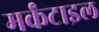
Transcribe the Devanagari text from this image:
मर्कंटाइल